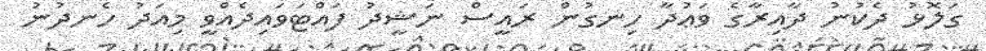
ގަލޮޅު ދެކުނު ދާއިރާގެ ވަޢުދާ ހިނގުން ރައީސް ނަޝީދު ފައްޓަވައިދެއްވީ މިއަދު ހެނދުނު